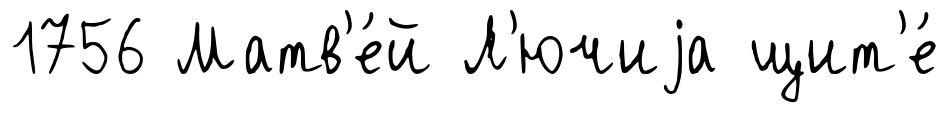
1756 Матв'е́й Л'ючиjа щит'е́